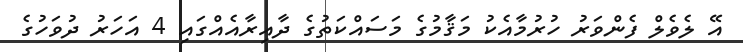
އޭ ލެވެލް ފެންވަރު ހުރުމާއެކު މަޤާމުގެ މަސައްކަތުގެ ދާއިރާއެއްގައި 4 އަހަރު ދުވަހުގެ